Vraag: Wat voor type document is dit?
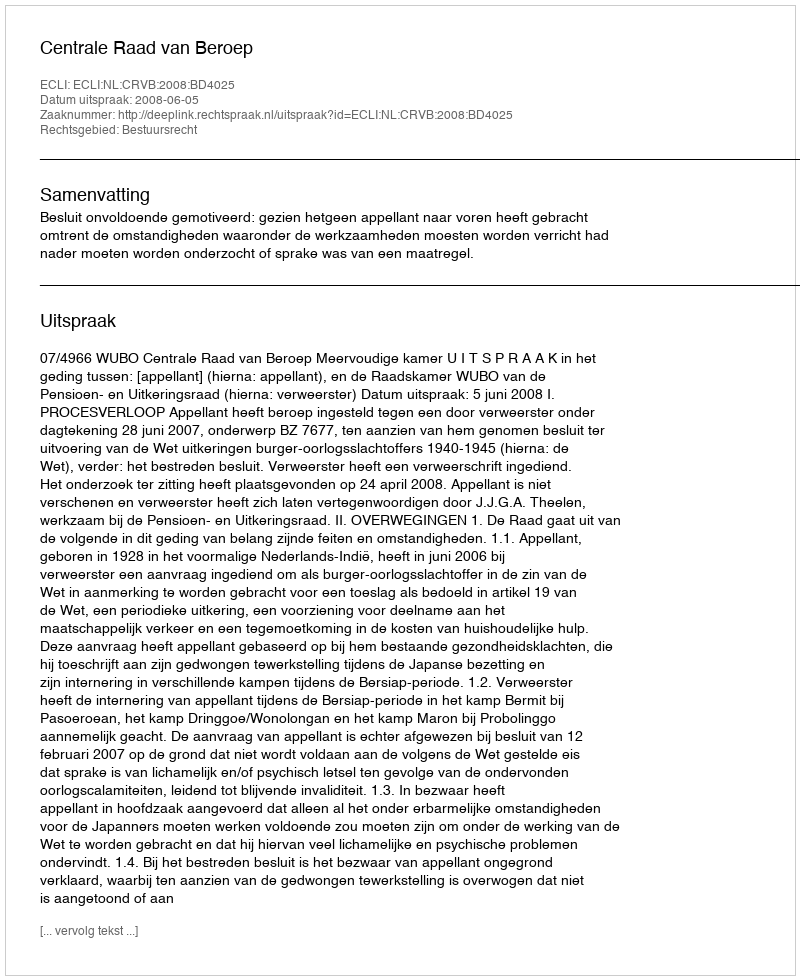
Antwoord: Uitspraak